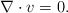
\begin{align*}\nabla\cdot v=0.\end{align*}